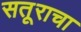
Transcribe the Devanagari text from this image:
सतूराचा